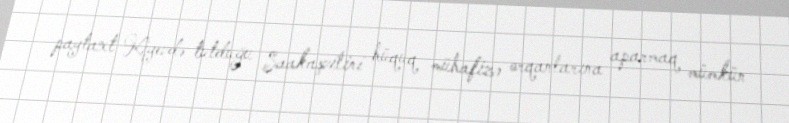
paytaxt Kiyevdə tutduğu Saakaşvilini hüquq mühafizə orqanlarına aparmaq mümkün